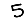
Digit: 5